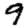
Digit: 9